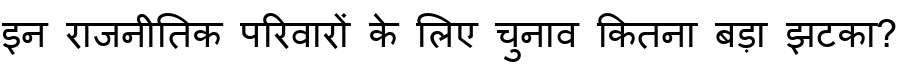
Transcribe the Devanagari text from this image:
इन राजनीतिक परिवारों के लिए चुनाव कितना बड़ा झटका?